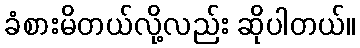
ခံစားမိတယ်လို့လည်း ဆိုပါတယ်။